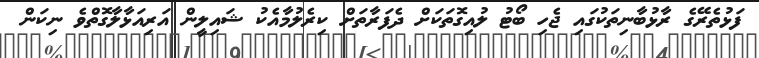
ފަޅުތެރޭގެ ރާޅުބާނިތަކުގައި ޖެހި ބޯޓު ލުއިގޮތަކަށް ދެފަރާތަށް ކިރެލުމާއެކު ޝައިލީން އަރިއަޅާލާގޮތްވެ ނިކަން